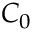
C _ { 0 }